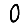
Digit: 0